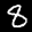
Label: 8